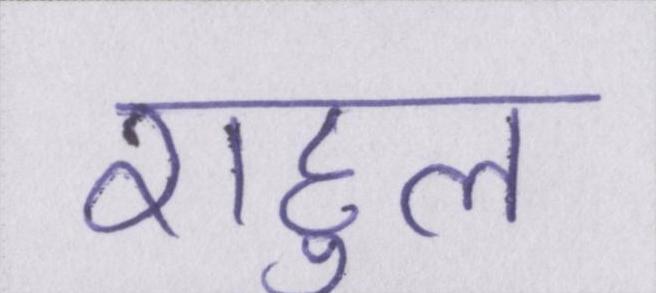
राहुल